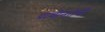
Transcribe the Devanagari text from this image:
प्राचीनतेची